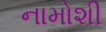
નામોશી